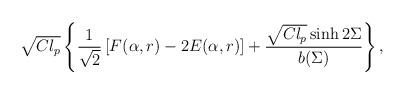
LaTeX: \begin{align*}\sqrt{Cl_p}\left\{\frac{1}{\sqrt{2}}\left[F(\alpha,r)-2E(\alpha,r)\right]+\frac{\sqrt{Cl_p}\sinh 2\Sigma}{b(\Sigma)}\right\},\end{align*}